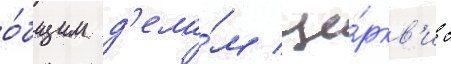
о́бщим д'ела́м це́ркв'и с